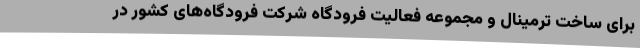
برای ساخت ترمینال و مجموعه فعالیت فرودگاه شرکت فرودگاه‌های کشور در